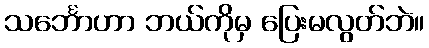
သင်္ဘောဟာ ဘယ်ကိုမှ ပြေးမလွတ်ဘဲ။